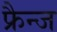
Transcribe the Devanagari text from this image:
फ्रैन्ज